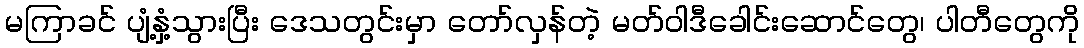
မကြာခင် ပျံ့နှံ့သွားပြီး ဒေသတွင်းမှာ တော်လှန်တဲ့ မတ်ဝါဒီခေါင်းဆောင်တွေ၊ ပါတီတွေကို